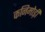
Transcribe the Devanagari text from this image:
कनिमोड़ी